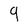
Character: 9